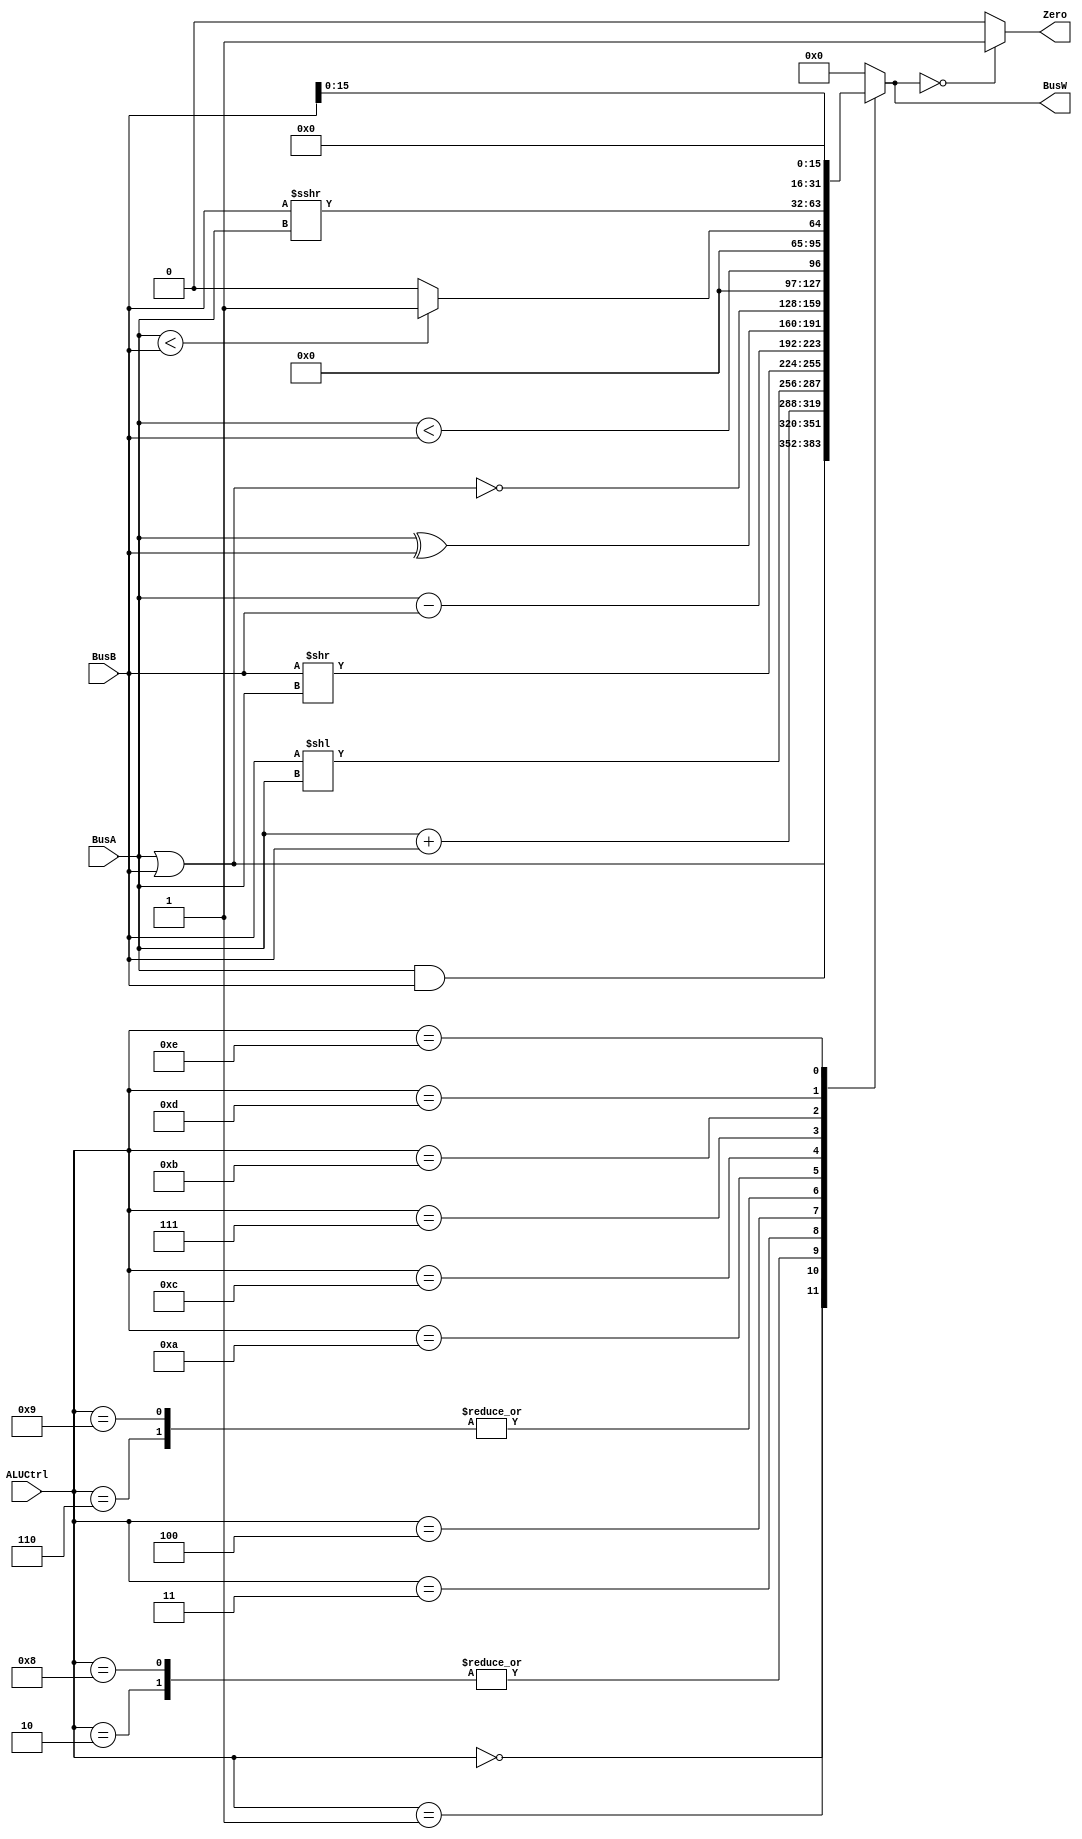
`timescale 1ns / 1ps



`define AND 4'b0000
`define OR 4'b0001
`define ADD 4'b0010
`define SLL 4'b0011
`define SRL 4'b0100
`define SUB 4'b0110
`define SLT 4'b0111
`define ADDU 4'b1000
`define SUBU 4'b1001
`define XOR 4'b1010
`define SLTU 4'b1011
`define NOR 4'b1100
`define SRA 4'b1101
`define LUI 4'b1110    // `define functions for readability
module ALU(BusW, Zero, BusA, BusB, ALUCtrl
    );
input wire [31:0] BusA, BusB;
output reg [31:0] BusW;
input wire [3:0] ALUCtrl ;
output wire Zero ;  //input and output declarations


assign Zero = (BusW==32'b0) ? 1 : 0;  // zero to check if BusW is 0 or not continuously
always@(*)begin	
	
	case (ALUCtrl)       //case statement(mux in hardware) to select ALU operation
	`AND:   BusW <=  BusA & BusB;
	`OR:    BusW <=  BusA | BusB;
	`ADD:   BusW <=  BusA + BusB;
	`ADDU:  BusW <=  BusA + BusB;
	`SLL:   BusW <=  BusB << BusA;
	`SRL:   BusW <=  BusB >> BusA;
	`SUB:   BusW <=  BusA - BusB;
	`SUBU:  BusW <=  BusA - BusB;
	`XOR:   BusW <=  BusA ^ BusB;
	`NOR:   BusW <=  ~(BusA | BusB);
	`SLT:   BusW <=  $signed(BusA) < $signed(BusB);
	`SLTU:  BusW <=  (BusA<BusB)?1:0;
//    `SRA:  begin
//                if(BusB > 32)
//                    BusW <= (BusA[31] == 1)? 32'hFFFFFFFF : 32'b0;
//                else
//                    BusW <= (BusA[31]==1) ? ((BusA >> BusB) | ~(32'hFFFFFFFF >> BusB)) : (BusA >> BusB);
//           end
// SRA can be done using signed keyword and also above logic which has been designed. But for simplicity signed keyword is used
    `SRA: BusW <= ($signed(BusB)) >>> BusA;
    `LUI:   BusW <=  {BusB[15:0], 16'b0};  // each operation designed as per functionality
	default:BusW <=  32'b0; // default will be 0
	endcase
end
endmodule